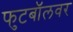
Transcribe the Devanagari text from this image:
फुटबॉलवर